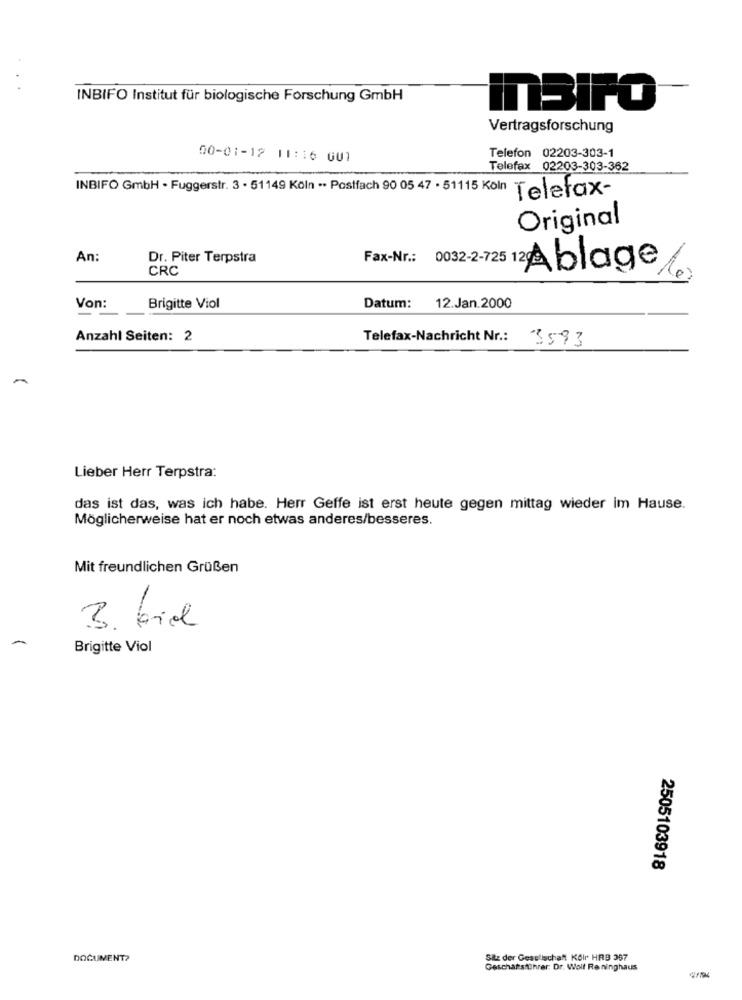
INBIFO Institut für biologische Forschung GmbH
InBIPO
Vertragsforschung
00-01-12 11:16 GUT
Telefon 02203-303-1
Telefax 02203-303-362
INBIFO GmbH . Fuggerstr. 3 . 51149 Köln ·· Postfach 90 05 47 . 51115 Koln Telefax-
Original
An:
Dr. Piter Terpstra
CRC
Fax-Nr .: 0032-2729
Ablage%
Von:
Brigitte Viol
Datum:
12.Jan.2000
Anzahl Seiten: 2
Telefax-Nachricht Nr .: 3593
Lieber Herr Terpstra:
das ist das, was ich habe. Herr Geffe ist erst heute gegen mittag wieder im Hause.
Möglicherweise hat er noch etwas anderes/besseres.
Mit freundlichen Grüßen
3. biol
Brigitte Viol
2505103918
DOCUMENT?
Sitz der Gesellschaft Kölr HRB 367
Geschatstihrer: Dr. Wolf Reninghaus